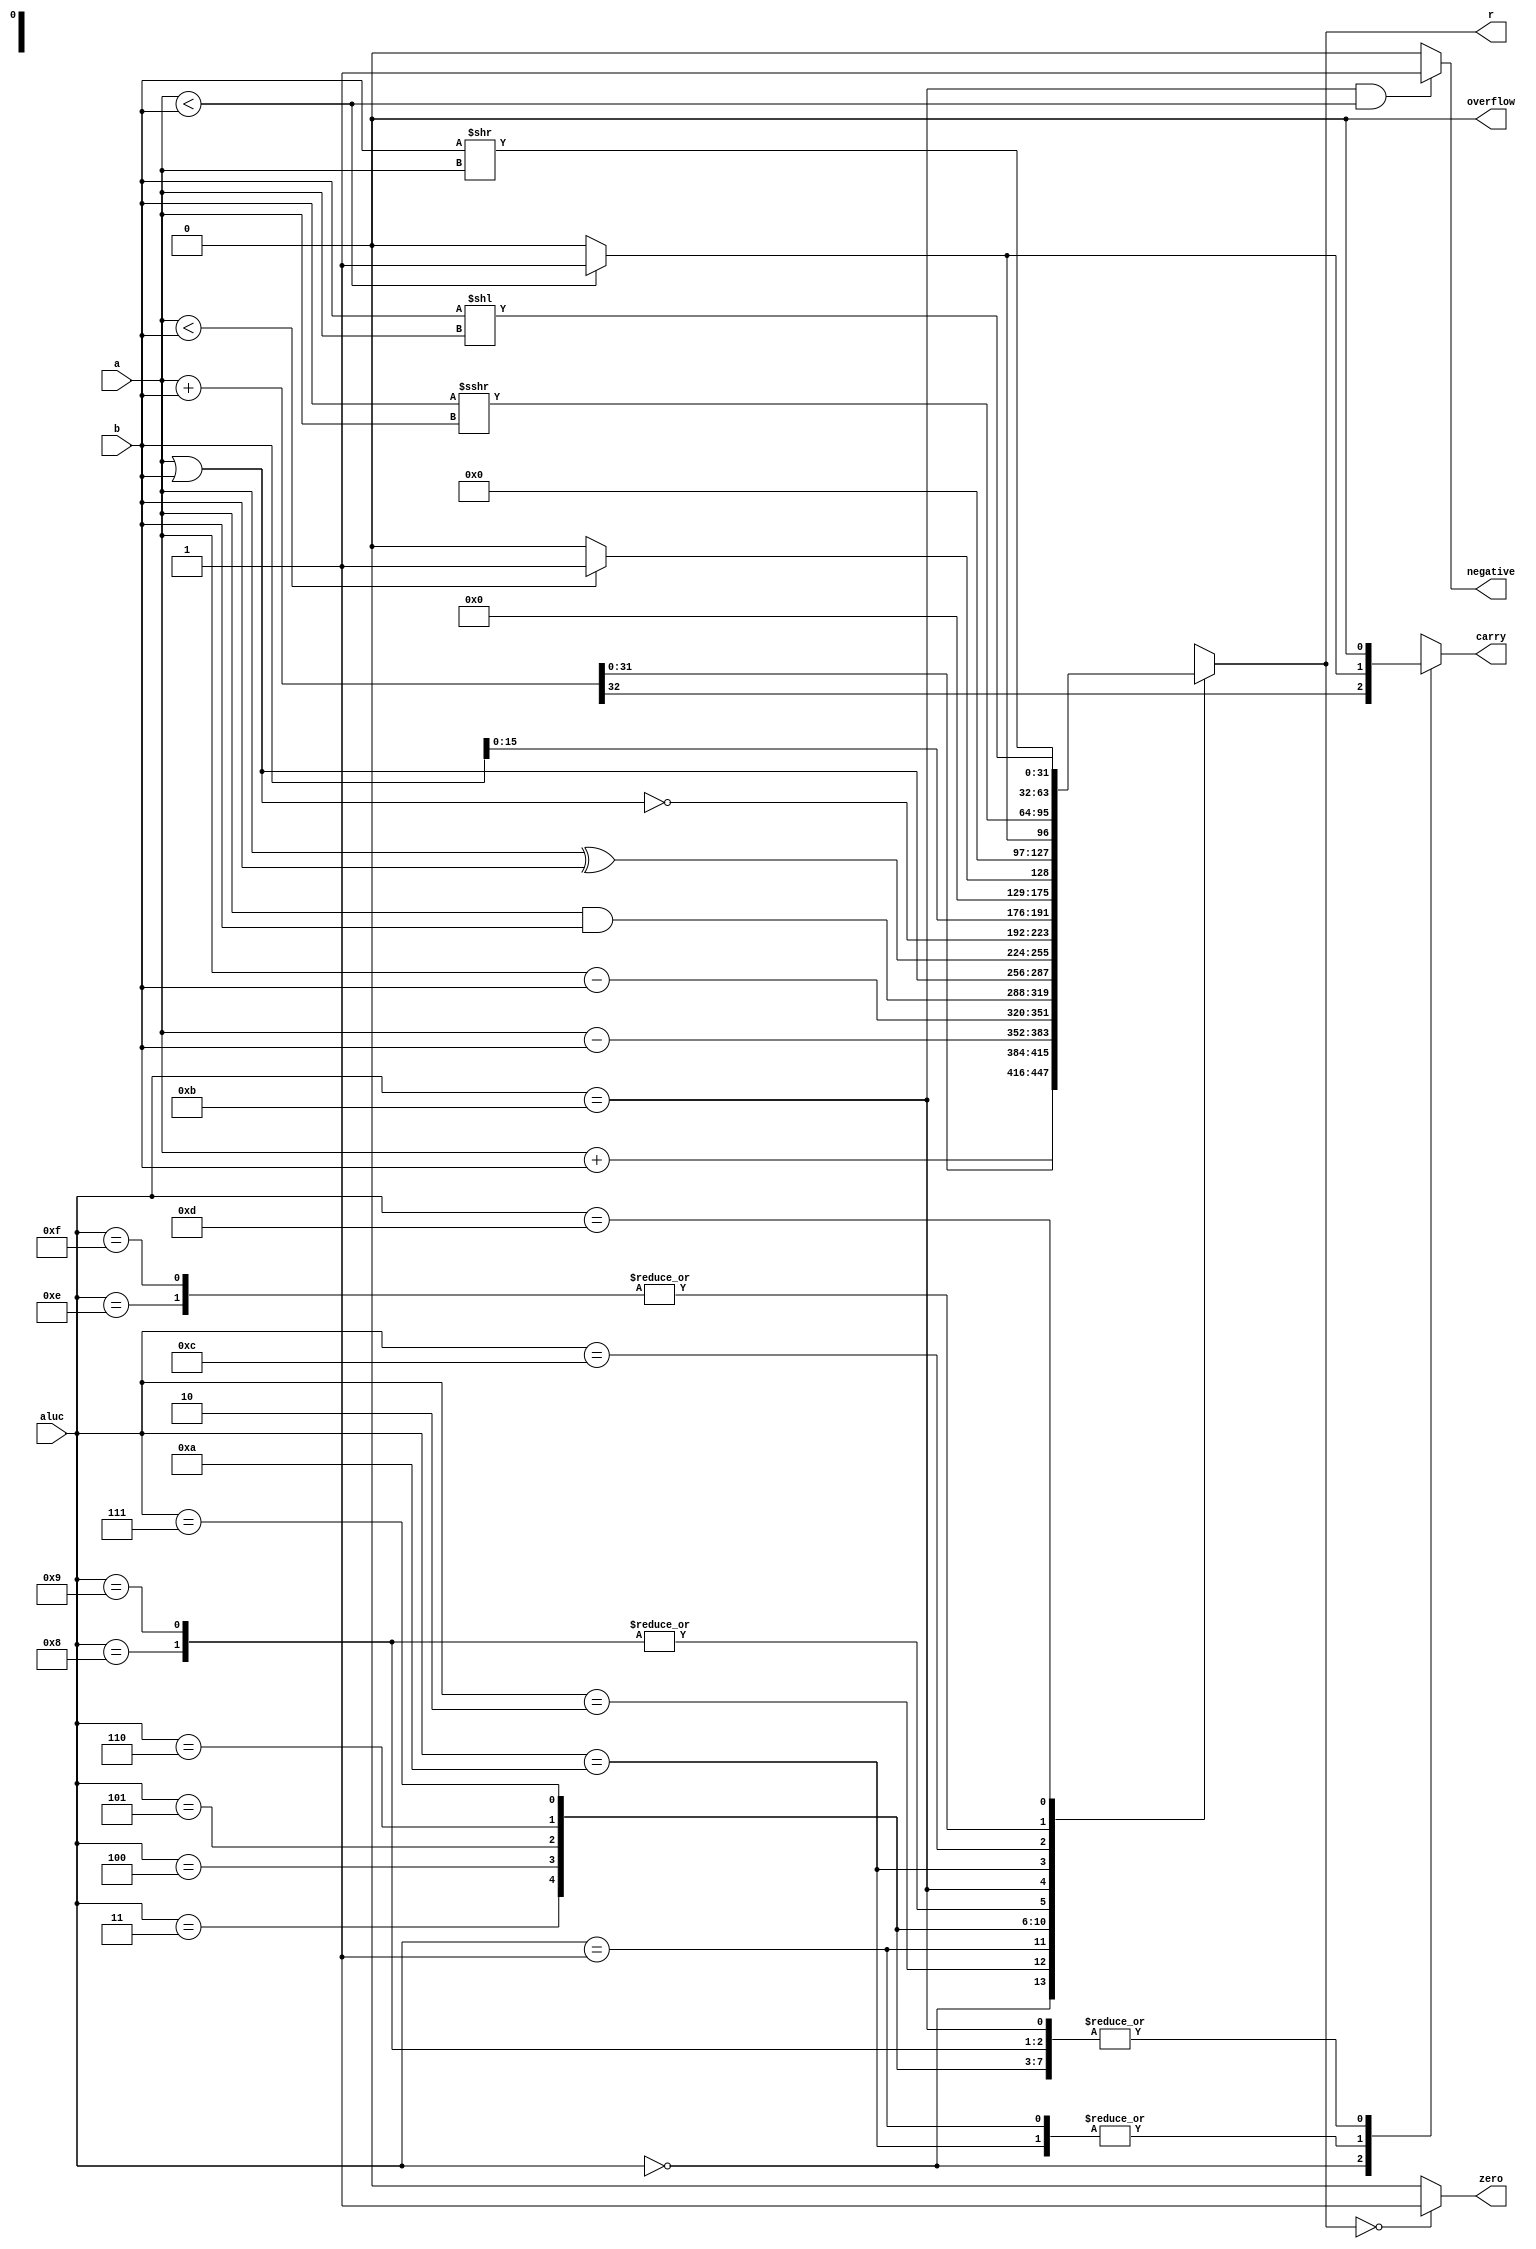
`timescale 1ns / 1ps
//////////////////////////////////////////////////////////////////////////////////
// Company: 
// Engineer: 
// 
// Design Name: 
// Module Name: alu
// Project Name: 
// Target Devices: 
// Tool Versions: 
// Description: 
// 
// Dependencies: 
// 
// Revision:
// Revision 0.01 - File Created
// Additional Comments:
// 
//////////////////////////////////////////////////////////////////////////////////


module alu(
    input [31:0] a,
    input [31:0] b,
    input [3:0] aluc,
    output reg [31:0] r,
    output reg zero,
    output reg carry,
    output reg negative,
    output reg overflow
    );
    reg signed [31:0] result;
    reg [31:0] c;
    always @(*)
    begin
    r=32'b0;
    carry=1'b0;
    negative=1'b0;
    overflow=1'b0;
    case(aluc)
    4'b0000: begin {carry,r[31:0]}=a+b; end
    4'b0010: begin result=$signed(a)+$signed(b); r=$signed(result); end
    4'b0001: begin r=a-b;if(a<b) carry=1; else carry=0;end
    4'b0011: begin result=$signed(a)-$signed(b); r=$signed(result); end
    4'b0100: begin r=a&b; end
    4'b0101: begin r=a|b; end
    4'b0110: begin r=a^b; end
    4'b0111: begin r=~(a|b); end
    4'b1000: begin r[31:0]={b[15:0],16'h0000}; end
    4'b1001: begin r[31:0]={b[15:0],16'h0000}; end
    4'b1011: begin r=($signed(a)<$signed(b))?1:0; if(r==1) negative=1; else negative=0;if(a==b) zero=1;else zero=0; end
    4'b1010: begin r=(a<b)?1:0; if(a<b) carry=1; else carry=0;if(a==b) zero=1;else zero=0; end
    4'b1100: begin r=$signed(b)>>>(a); end
    4'b1110: begin r=b<<(a); end
    4'b1111:begin r=b<<(a); end
    4'b1101: begin r=b>>(a); end
    endcase
    if(r==0) zero=1;
    else zero=0;
    if(r[31]==1) negative=1'b1; 
    else negative=1'b0; 
    if(aluc==4'b1011&&a<b) negative=1'b1; 
    else negative=1'b0;
    end
endmodule